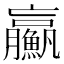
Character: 𩼊